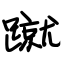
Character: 蹴